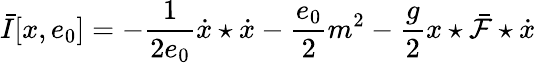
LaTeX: \bar{I}[x,e_{0}]=-\frac{1}{2e_{0}}\dot{x}\star\dot{x}-\frac{e_{0}}{2}m^{2}-\frac{g}{2}x\star\bar{\cal F}\star\dot{x}